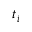
t _ { i }